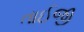
તાઈજી